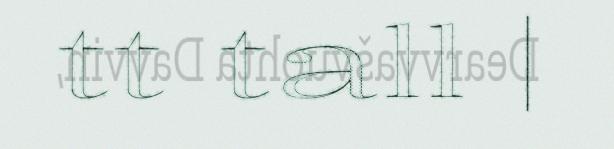
tt tall |